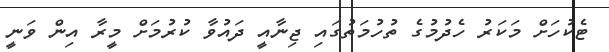
ޓެކުހަށް މަކަރު ހެދުމުގެ ތުހުމަތުގައި ޖިނާއީ ދައުވާ ކުރުމަށް މީރާ އިން ވަނީ